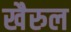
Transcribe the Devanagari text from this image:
खैरुल